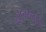
હજજારો